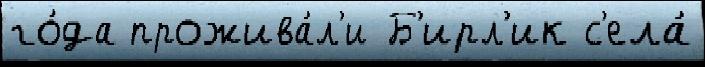
го́да прожива́л'и Б'ирл'ик с'ела́